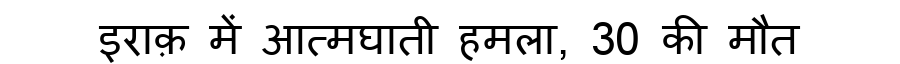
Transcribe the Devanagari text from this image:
इराक़ में आत्मघाती हमला, 30 की मौत